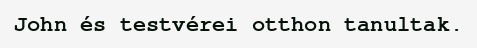
John és testvérei otthon tanultak.